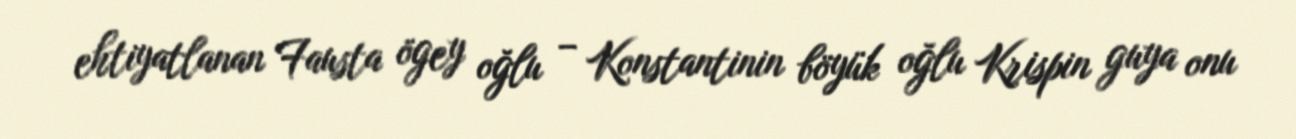
ehtiyatlanan Fausta ögey oğlu – Konstantinin böyük oğlu Krispin guya onu